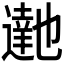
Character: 𮟉